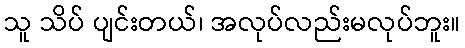
သူ သိပ် ပျင်းတယ်၊ အလုပ်လည်းမလုပ်ဘူး။